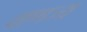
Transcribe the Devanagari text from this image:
वाणज्य